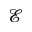
\mathcal { E }